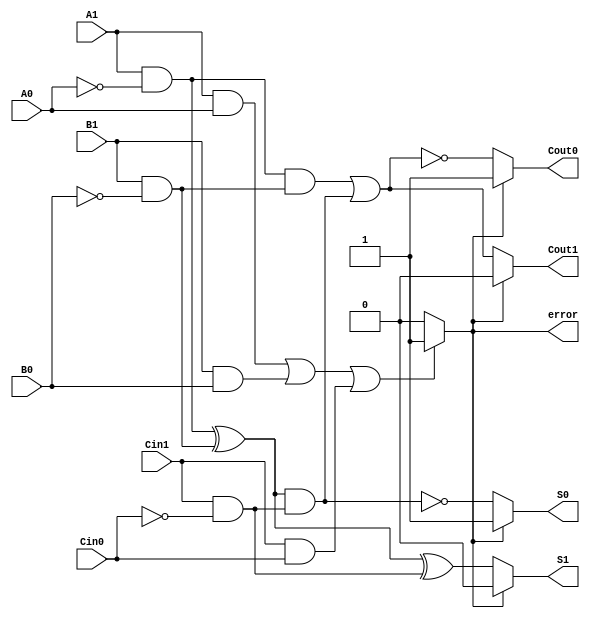
module dual_rail_full_adder (
    input  wire A1, A0,  // Dual-rail representation of input A
    input  wire B1, B0,  // Dual-rail representation of input B
    input  wire Cin1, Cin0,  // Dual-rail representation of carry-in
    output reg S1, S0,  // Dual-rail representation of sum output
    output reg Cout1, Cout0,  // Dual-rail representation of carry-out output
    output reg error     // Error signal for invalid input states
);

    // Local variables to hold the decoded values of A, B, and Cin
    wire A, B, Cin;
    
    // Decode the dual-rail inputs
    assign A = A1 & ~A0;        // A = 1 if A1=1 and A0=0
    assign B = B1 & ~B0;        // B = 1 if B1=1 and B0=0
    assign Cin = Cin1 & ~Cin0;  // Cin = 1 if Cin1=1 and Cin0=0

    // Validity check for inputs
    always @(*) begin
        // Check for invalid states
        if ((A1 & A0) || (B1 & B0) || (Cin1 & Cin0)) begin
            error = 1;  // Invalid state detected
        end else begin
            error = 0;  // Valid state
        end
        
        // Calculate Sum (S) and Carry (Cout) based on A, B, and Cin
        if (!error) begin
            // Sum calculation
            S1 = (A ^ B) ^ Cin;  // S1 = A XOR B XOR Cin
            S0 = ~((A ^ B) & Cin);  // S0 = NOT((A XOR B) AND Cin)
            
            // Carry calculation
            Cout1 = (A & B) | (Cin & (A ^ B));  // Majority function for Cout1
            Cout0 = ~((A & B) | (Cin & (A ^ B)));  // NOT of Carry Out condition for Cout0
        end else begin
            // Invalid outputs
            S1 = 0; S0 = 1;  // Set to invalid state
            Cout1 = 0; Cout0 = 1;  // Set to invalid state
        end
    end
endmodule